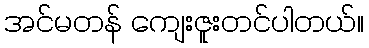
အင်မတန် ကျေးဇူးတင်ပါတယ်။